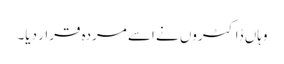
وہاں ڈاکٹروں نے اسے مردہ قرار دیا۔